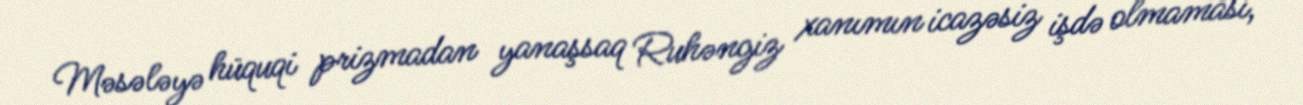
Məsələyə hüquqi prizmadan yanaşsaq Ruhəngiz xanımın icazəsiz işdə olmaması,